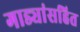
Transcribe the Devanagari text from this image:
गाड्यांसहित